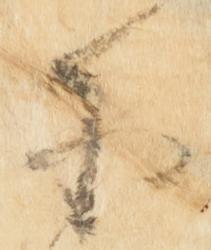
于